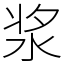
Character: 浆